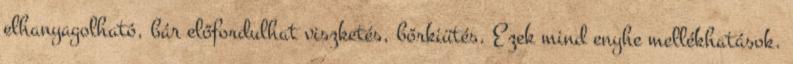
elhanyagolható, bár előfordulhat viszketés, bőrkiütés. Ezek mind enyhe mellékhatások.